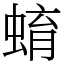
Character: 蜟